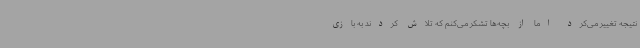
نتیجه تغییر می‌کرد اما از بچه‌ها تشکر می‌کنم که تلاش کردند به بازی